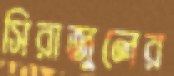
সিরাজুলের